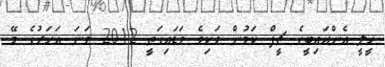
ހީލީ އެންއައިބީގެ ޗީފް ކަމުން ވަކިވެ ވަޑައިގަތީ 2012 ވަނަ އަހަރުގެ މޭ